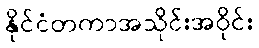
နိုင်ငံတကာအသိုင်းအဝိုင်း